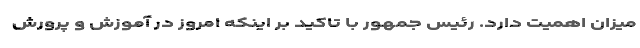
میزان اهمیت دارد. رئیس جمهور با تاکید بر اینکه امروز در آموزش و پرورش